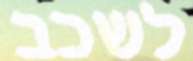
לשכב